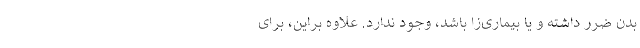
بدن ضرر داشته و یا بیماری­زا باشد، وجود ندارد. علاوه­ براین، برای